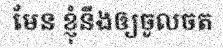
មែន ខ្ញុំនឹងឲ្យចូលចត